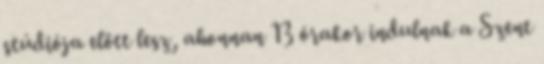
stúdiója előtt lesz, ahonnan 13 órakor indulnak a Szent